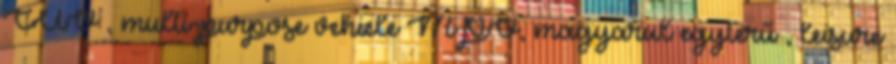
CUV , multi-purpose vehicle MPV, magyarul egyterű , leisure